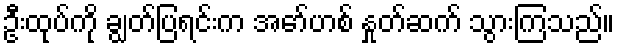
ဦးထုပ်ကို ချွတ်ပြရင်းက အော်ဟစ် နှုတ်ဆက် သွားကြသည်။